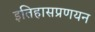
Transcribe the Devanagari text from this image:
इतिहासप्रणयन